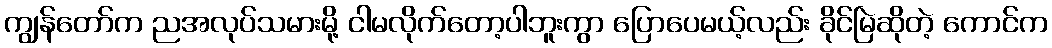
ကျွန်တော်က ညအလုပ်သမားမို့ ငါမလိုက်တော့ပါဘူးကွာ ပြောပေမယ့်လည်း ခိုင်မြဲဆိုတဲ့ ကောင်က